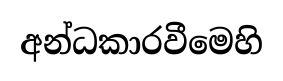
අන්ධකාරවීමෙහි